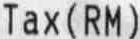
TAX(RM)